Civil Veterinary Department. Madras. Admin. report 1926-33 - 1926-1933
Year: 1926
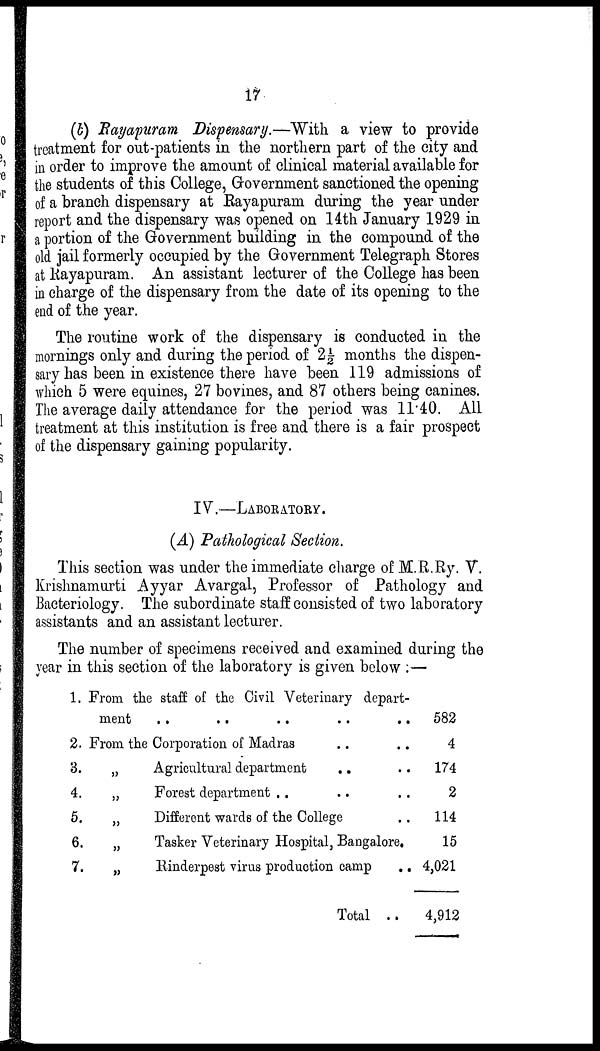
17
(b) Rayapuram Dispensary.—With a view to provide
treatment for out-patients in the northern part of the city and
in order to improve the amount of clinical material available for
the students of this College, Government sanctioned the opening
of a branch dispensary at Rayapuram during the year under
report and the dispensary was opened on 14th January 1929 in
a portion of the Government building in the compound of the
old jail formerly occupied by the Government Telegraph Stores
at Rayapuram. An assistant lecturer of the College has been
in charge of the dispensary from the date of its opening to the
end of the year.
The routine work of the dispensary is conducted in the
mornings only and during the period of 2½ months the dispen-
sary has been in existence there have been 119 admissions of
which 5 were equines, 27 bovines, and 87 others being canines.
The average daily attendance for the period was 11.40. All
treatment at this institution is free and there is a fair prospect
of the dispensary gaining popularity.
IV.—LABORATORY.
(A) Pathological Section.
This section was under the immediate charge of M.R.Ry. V.
Krishnamurti Ayyar Avargal, Professor of Pathology and
Bacteriology. The subordinate staff consisted of two laboratory
assistants and an assistant lecturer.
The number of specimens received and examined during the
year in this section of the laboratory is given below :—
1. From the staff of the Civil Veterinary depart-
2.
3.
4.
5.
6.
7.
ment .. .. .. ..
From the Corporation of Madras ..
„
Agricultural department ..
„
Forest department .. ..
„
Different wards of the College
..
..
..
..
..
„
Tasker Veterinary Hospital, Bangalore.
„
Rinderpest virus production camp
..
Total ..
582
4
174
2
114
15
4,021
4,912